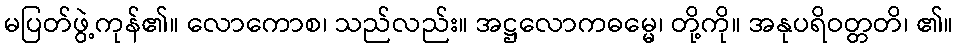
မပြတ်ဖွဲ့ကုန်၏။ လောကောစ၊ သည်လည်း။ အဋ္ဌလောကဓမ္မေ၊ တို့ကို။ အနုပရိဝတ္တတိ၊ ၏။